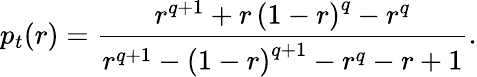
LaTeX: p_{t}(r)=\frac{r^{q+1}+r\, \left(1-r\right)^{q}-r^{q}}{r^{q+1}-\left(1-r\right)^{q+1}-r^{q}-r+1}.